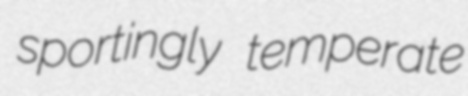
sportingly temperate